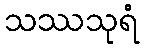
သဿသုရံ